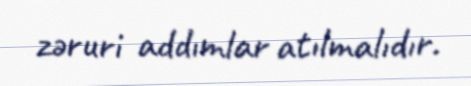
zəruri addımlar atılmalıdır.